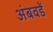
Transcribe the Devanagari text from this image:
अंबवडें